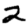
Digit: 2